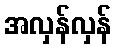
အလှန်လှန်